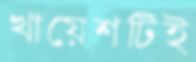
খায়েশটিই